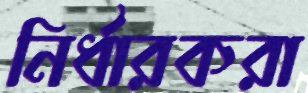
নির্ধারকরা